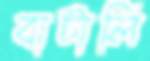
বাটালি